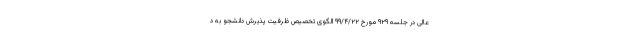
عالی در جلسه ۹۲۹ مورخ ۹۹/۴/۲۲ الگوی تخصیص ظرفیت پذیرش دانشجو به د